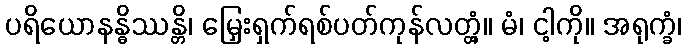
ပရိယောနန္ဓိဿန္တိ၊ မြှေးရှက်ရစ်ပတ်ကုန်လတ္တံ့။ မံ၊ ငါ့ကို။ အရုက္ခံ၊